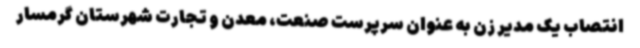
انتصاب یک مدیر زن به عنوان سرپرست صنعت، معدن و تجارت شهرستان گرمسار